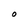
Character: O